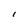
Character: l